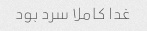
غدا کاملا سرد بود